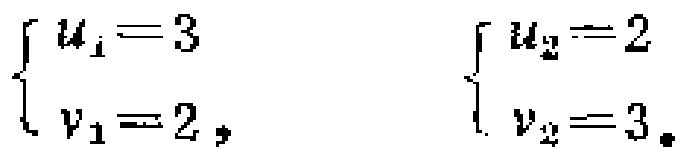
\(\begin{cases}

u_{1}=3 \\

v_{1}=2,

\end{cases}\) \(\begin{cases}

u_{2}=2 \\

v_{2}=3.

\end{cases}\)